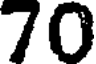
70